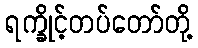
ရက္ခိုင့်တပ်တော်တို့